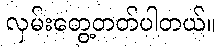
လှမ်းတွေ့တတ်ပါတယ်။